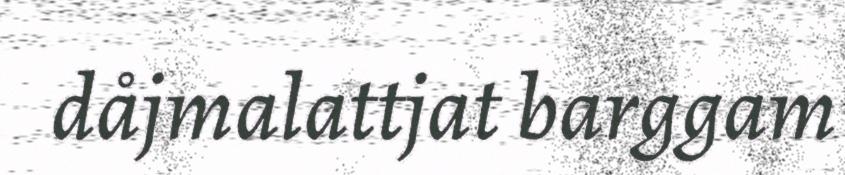
dåjmalattjat barggam